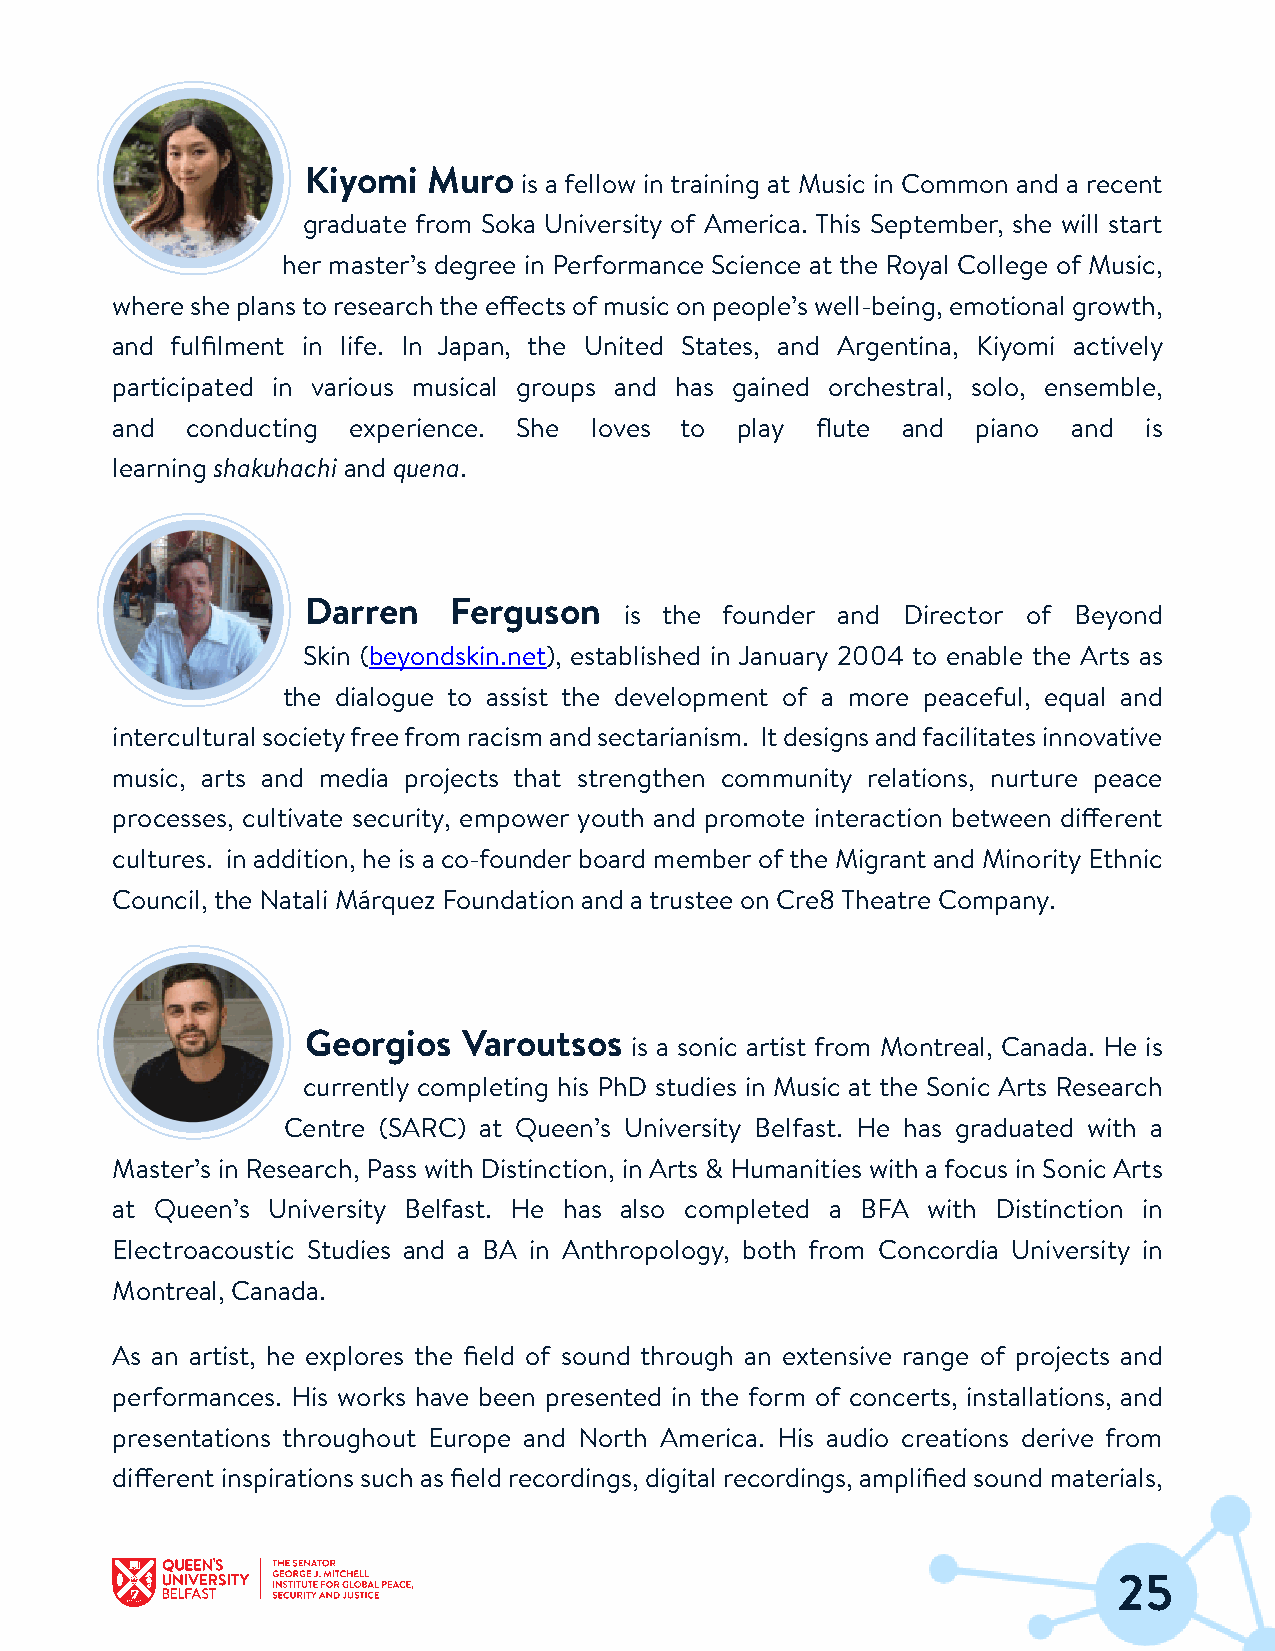
Kiyomi  Muro
 is a fellow in training at Music in Common and a recent
 graduate from Soka University of America. This September, she will start
 her master’s degree in Performance Science at the Royal College of Music,
 wheresheplanstoresearchtheeffectsofmusiconpeople’swell-being,emotionalgrowth,
 and fulfilment in life. In Japan, the United States, and Argentina, Kiyomi actively
 participated in various musical groups and has gained orchestral, solo, ensemble,
 and  conducting experience. She loves to  play flute and  piano and  is
 learning shakuhachi and quena.
 Darren    Ferguson
 is the founder and Director of Beyond
 Skin (beyondskin.net), established in January 2004 to enable the Arts as
 the dialogue to assist the development of a more peaceful, equal and
 interculturalsocietyfreefromracismandsectarianism. Itdesignsandfacilitatesinnovative
 music, arts and media projects that strengthen community relations, nurture peace
 processes, cultivate security, empower youth and promote interaction between different
 cultures. in addition, he is a co-founderboard memberof the Migrant and MinorityEthnic
 Council,the Natali Márquez Foundation and atrustee on Cre8Theatre Company.
 Georgios   Varoutsos
 is a sonic artist from Montreal, Canada. He is
 currently completing his PhD studies in Music at the Sonic Arts Research
 Centre (SARC) at Queen’s University Belfast. He has graduated with a
 Master’s in Research, Pass with Distinction, in Arts & Humanities with afocus in Sonic Arts
 at Queen’s University Belfast. He has also completed a BFA with Distinction in
 Electroacoustic Studies and a BA in Anthropology, both from Concordia University in
 Montreal, Canada.
 As an artist, he explores the field of sound through an extensive range of projects and
 performances. His works have been presented in the form of concerts, installations, and
 presentations throughout Europe and North America. His audio creations derive from
 different inspirations such as field recordings, digital recordings, amplified sound materials,
 25